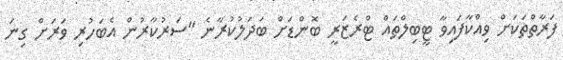
ފަރާތްތަކަށް ވިއްކާފައިވާ ޓީބިލްތައް ޓްރެޒަރީ ބޮންޑަށް ބަދަލުކުރާނެ "ސަރުކާރުން އެބަހުރި ވަރަށް ގިނަ